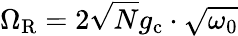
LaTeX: \Omega_{\mathrm{R}}=2\sqrt{N}g_{\mathrm{c}}\cdot\sqrt{\omega_{0}}